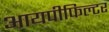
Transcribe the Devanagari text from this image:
आयपीफिल्टर